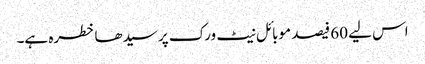
اس لیے 60 فیصد موبائل نیٹ ورک پر سیدھا خطرہ ہے۔